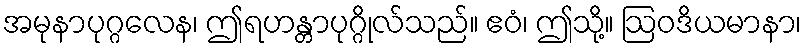
အမုနာပုဂ္ဂလေန၊ ဤရဟန္တာပုဂ္ဂိုလ်သည်။ ဧဝံ၊ ဤသို့။ ဩဝဒိယမာနာ၊